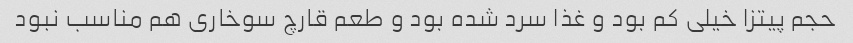
حجم پیتزا خیلی کم بود و غذا سرد شده بود و طعم قارچ سوخاری هم مناسب نبود